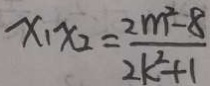
x _ { 1 } x _ { 2 } = \frac { 2 m ^ { 2 } - 8 } { 2 k ^ { 2 } + 1 }